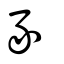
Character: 豕